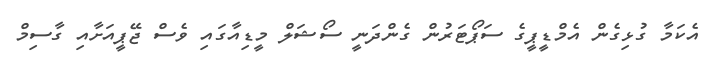
އެކަމާ ގުޅިގެން އެމްޑީޕީގެ ސަޕޯޓަރުން ގެންދަނީ ސޯޝަލް މީޑިއާގައި ވެސް ޖޭޕީއަށާއި ގާސިމް